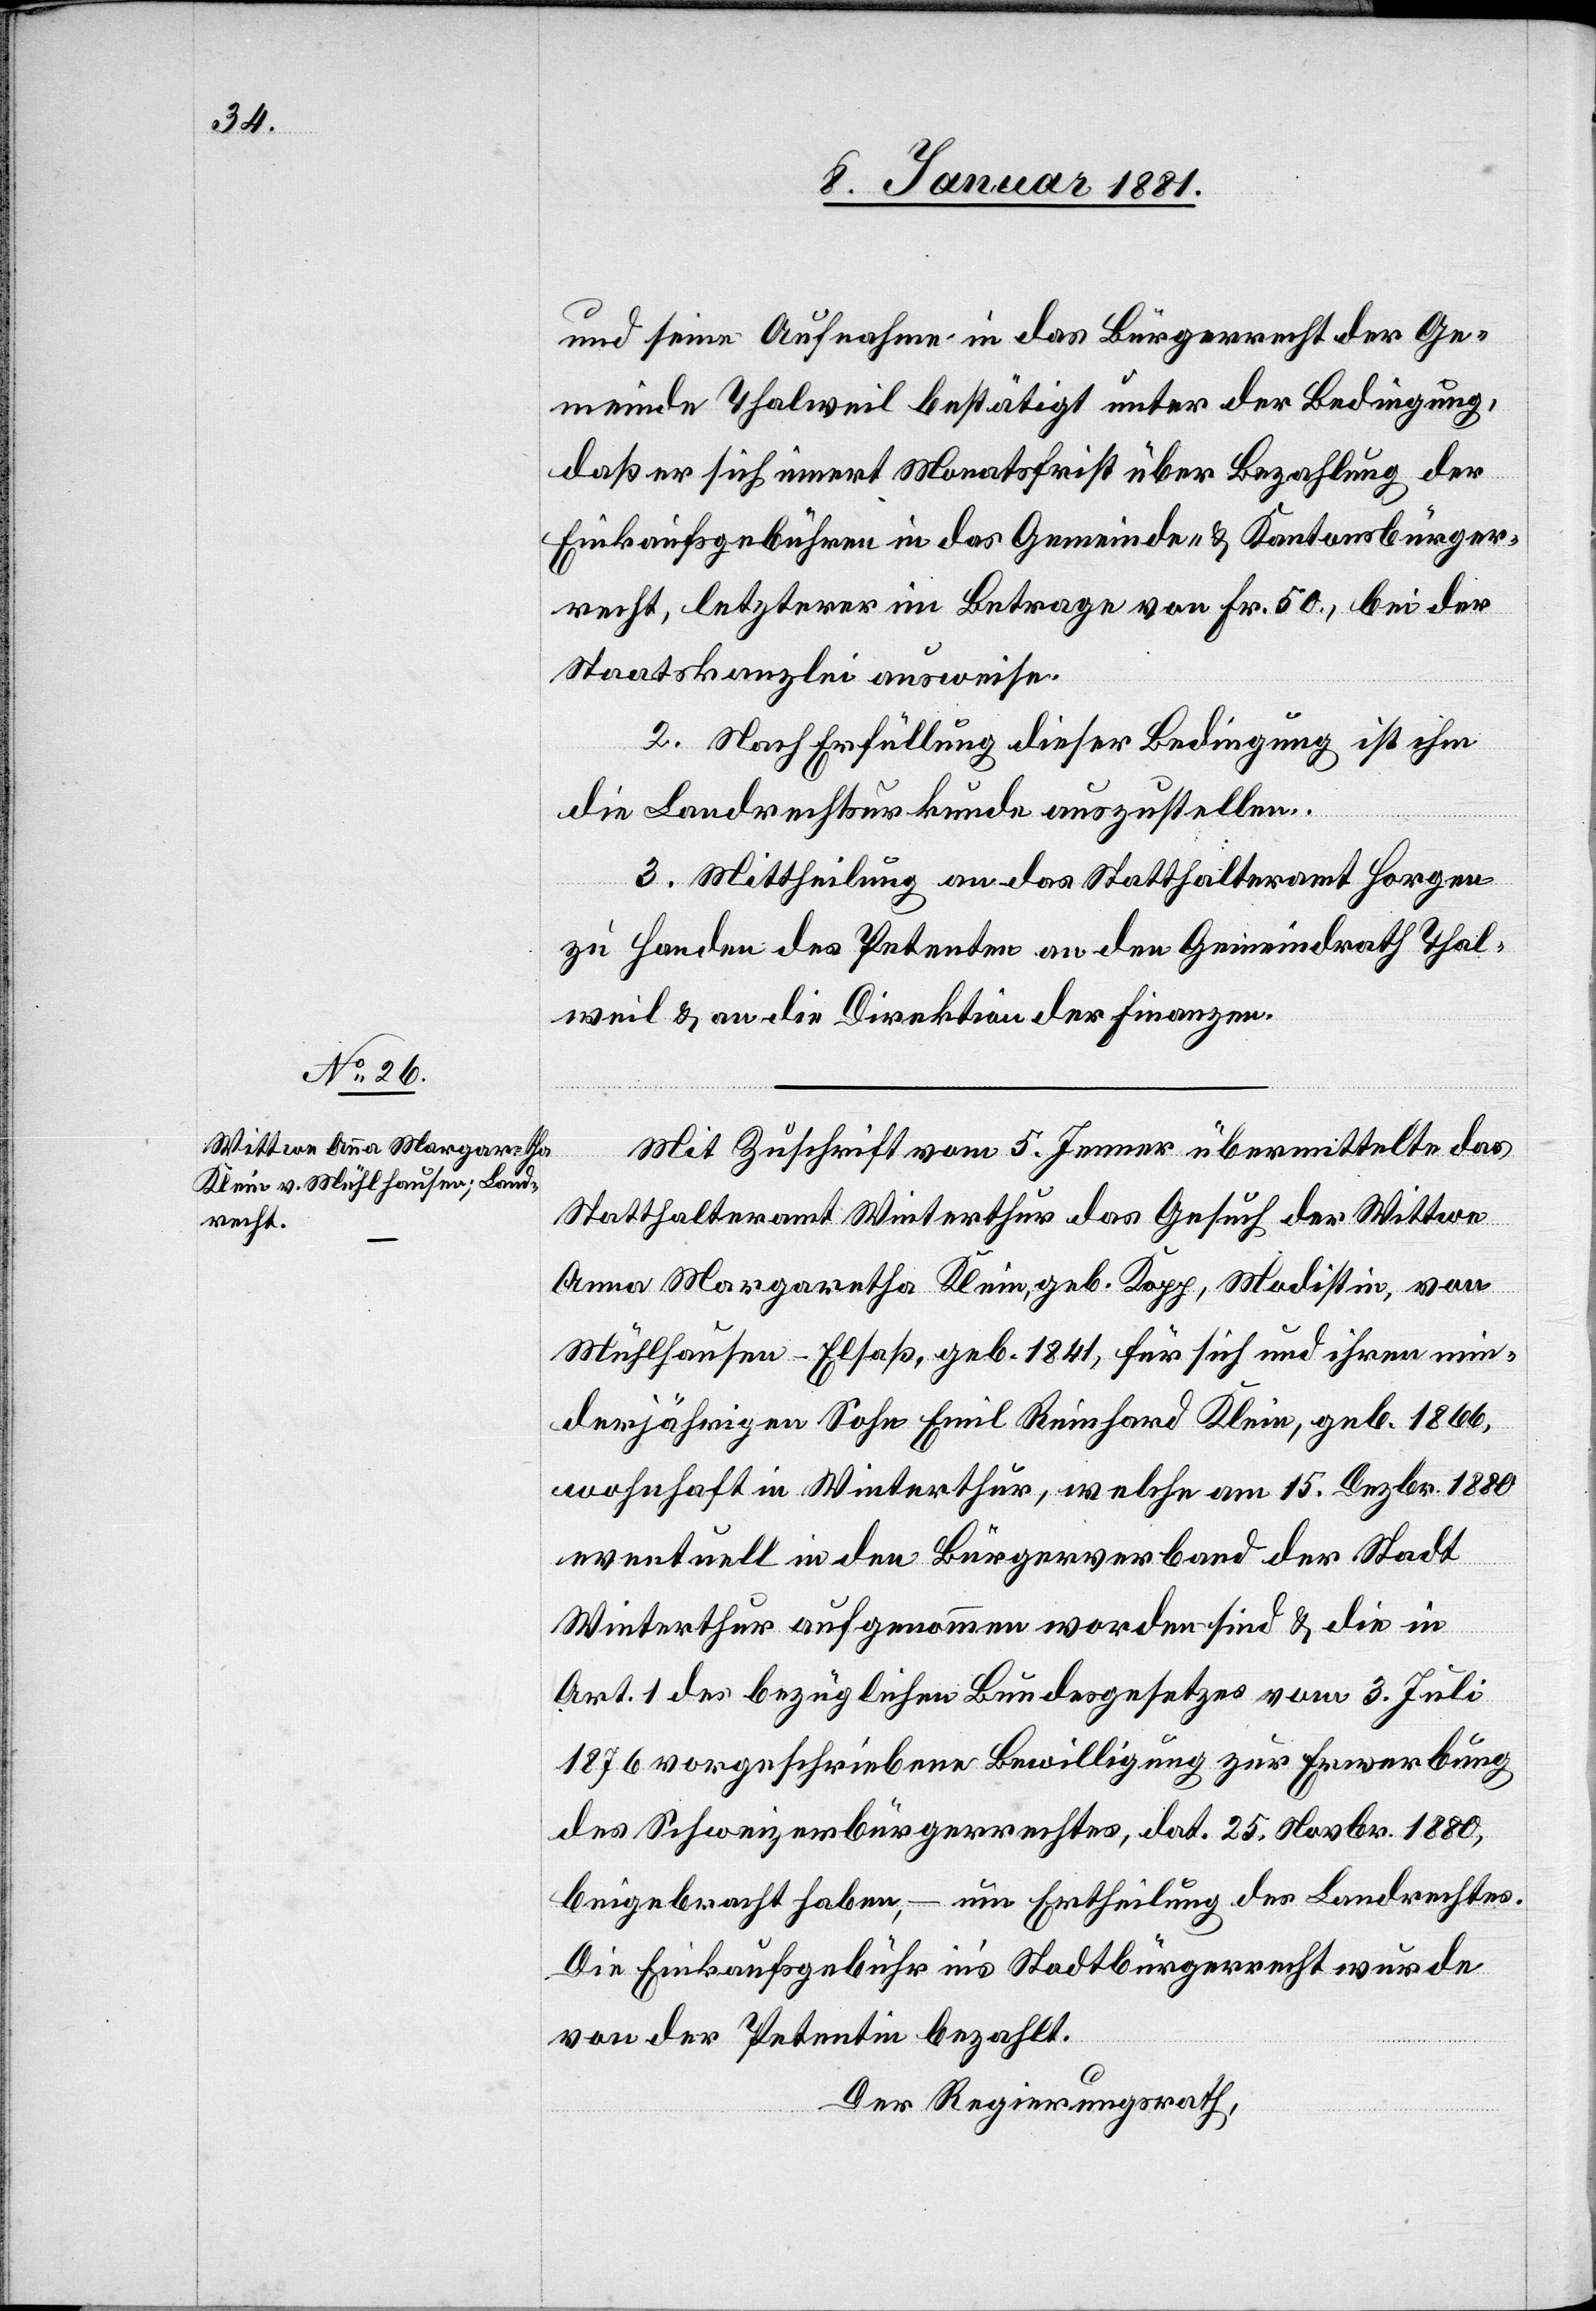
und seine Aufnahme in das Bürgerrecht der Ge¬
meinde Thalweil bestätigt unter der Bedingung,
daß er sich innert Monatsfrist über Bezahlung der
Einkaufsgebühren in das Gemeinde- & Kantonsbürger¬
recht, letzterer im Betrage von Fr. 50, bei der
Staatskanzlei ausweise.
2. Nach Erfüllung dieser Bedingung ist ihm
die Landrechtsurkunde auszustellen.
3. Mittheilung an das Statthalteramt Horgen
zu Handen des Petenten an den Gemeindrath Thal¬
weil & an die Direktion der Finanzen.
Mit Zuschrift vom 5. Jenner übermittelte das
Statthalteramt Winterthur das Gesuch der Wittwe
Anna Margaretha Klein, geb. Kopp, Modistin, von
Mühlhausen - Elsaß, geb. 1841, für sich und ihren min¬
derjährigen Sohn Emil Reinhard Klein, geb. 1866,
wohnhaft in Winterthur, welche am 15. Dezbr. 1880
eventuell in den Bürgerverband der Stadt
Winterthur aufgenommen worden sind & die in
Art. 1 des bezüglichen Bundesgesetzes vom 3. Juli
1876 vorgeschriebene Bewilligung zur Erwerbung
des Schweizerbürgerrechtes, dat. 25. Novbr. 1880,
beigebracht haben, – um Ertheilung des Landrechtes.
Die Einkaufsgebühr in’s Stadtbürgerrecht wurde
von der Petentin bezahlt.
Der Regierungsrath,